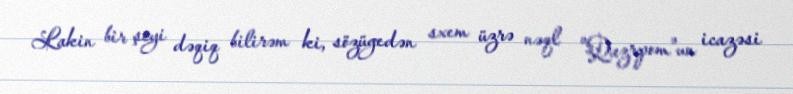
Lakin bir şeyi dəqiq bilirəm ki, sözügedən sxem üzrə nəql "Qazrpom"un icazəsi